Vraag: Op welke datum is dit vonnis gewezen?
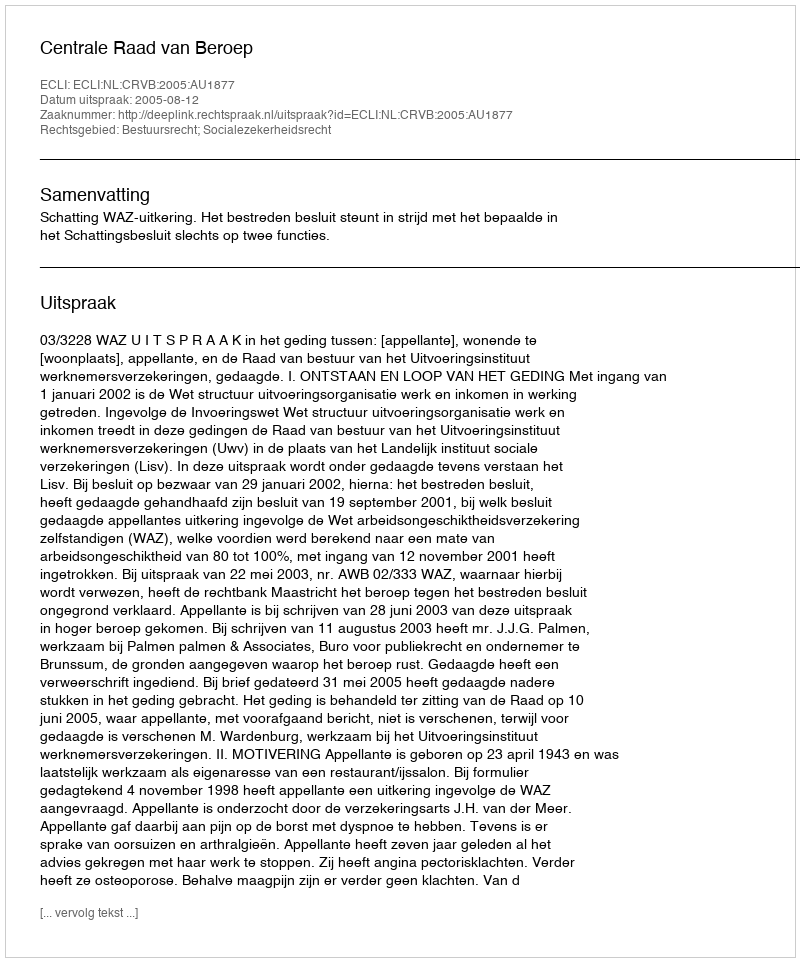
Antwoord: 2005-08-12